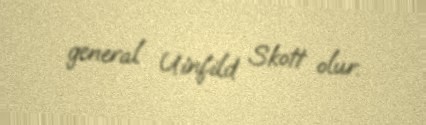
general Uinfild Skott olur.